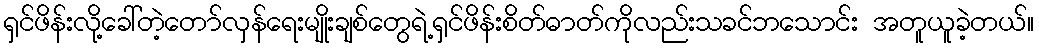
ရှင်ဖိန်းလို့ခေါ်တဲ့တော်လှန်ရေးမျိုးချစ်တွေရဲ့ရှင်ဖိန်းစိတ်ဓာတ်ကိုလည်းသခင်ဘသောင်း အတူယူခဲ့တယ်။